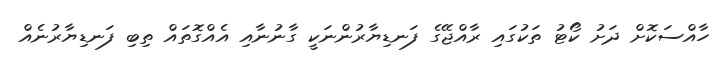
ހާއްސަކޮށް ދަށު ކޯޓު ތަކުގައި ރާއްޖޭގެ ފަނޑިޔާރުންނަކީ ގާނުނާއި އެއްގޮތައް ތިބި ފަނޑިޔާރުނެއް